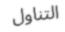
التناول